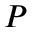
P